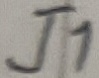
Text: J1